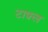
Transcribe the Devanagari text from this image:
टाफ़्ल